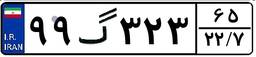
۴۰گ۷۸۳۹۵